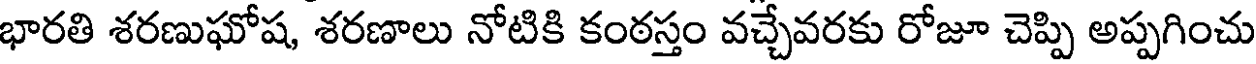
భారతి శరణుఘోష, శరణాలు నోటికి కంఠస్తం వచ్చేవరకు రోజూ చెప్పి అప్పగించు